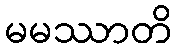
မမဿာတိ